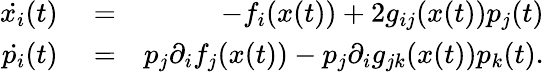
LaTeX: \begin{array}{rlr}{\dot{x_{i}}(t)}&{{}=}&{-f_{i}(x(t))+2g_{ij}(x(t))p_{j}(t)}\\ {\dot{p_{i}}(t)}&{{}=}&{p_{j}\partial_{i}f_{j}(x(t))-p_{j}\partial_{i}g_{jk}(x(t))p_{k}(t).}\end{array}